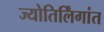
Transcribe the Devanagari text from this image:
ज्योतिर्लिंगांत